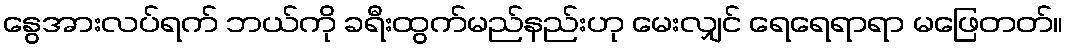
နွေအားလပ်ရက် ဘယ်ကို ခရီးထွက်မည်နည်းဟု မေးလျှင် ရေရေရာရာ မဖြေတတ်။